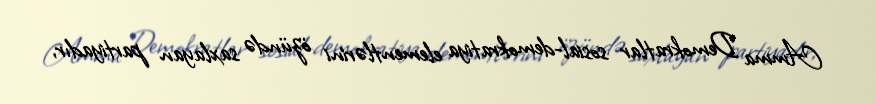
Amma Demokratlar sosial-demokratiya elementlərini özündə saxlayan partiyadır,